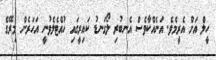
ހީލް އަށް އެރީމެވެ. އަނެއްކާވެސް އެނބުރި ލޯގަނޑު ކައިރީގައި ހުއްޓެލެވުނީ އަހަރެން މިރޭގެ